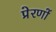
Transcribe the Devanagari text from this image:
प्रेरणों